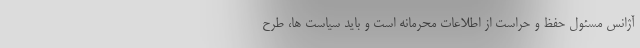
آژانس مسئول حفظ و حراست از اطلاعات محرمانه است و باید سیاست ها، طرح